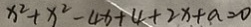
x ^ { 2 } + x ^ { 2 } - 4 x + 4 + 2 x + a = 0